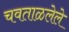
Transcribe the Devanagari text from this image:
चवताळलेले